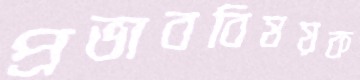
প্রভাববিষয়ক